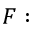
F :